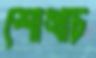
শোখাচ